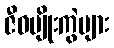
ဇီဝမျိုးကွဲများ